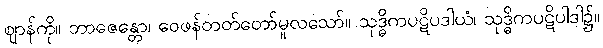
ဈာန်ကို။ ဘာဇေန္တော၊ ဝေဖန်တတ်တော်မူလသော်။ သုဒ္ဓိကပဋိပဒါယံ၊ သုဒ္ဓိကပဋိပါဒါ၌။